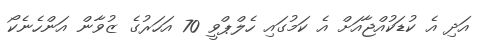
އަދި އެ ކުޑަކުއްޖާއަށް އެ ކަމުގައި ހެލްޕްވީ 70 އަހަރުގެ ޒުވާން އަންހެނެކޯ